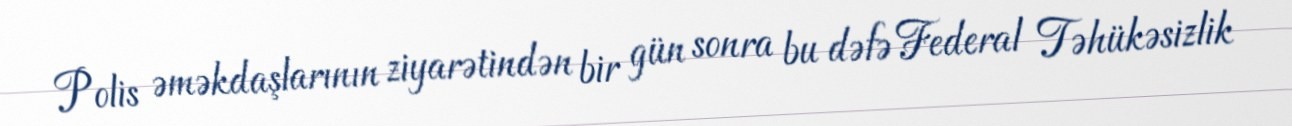
Polis əməkdaşlarının ziyarətindən bir gün sonra bu dəfə Federal Təhükəsizlik